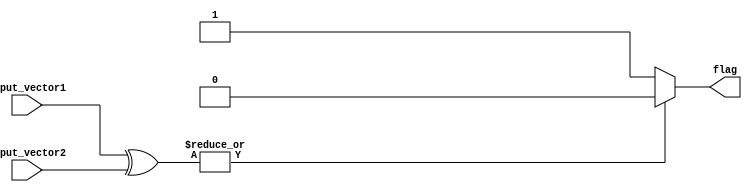
module comparator_64bit (
    input [63:0] input_vector1,
    input [63:0] input_vector2,
    output flag
);

wire [63:0] xor_result;
wire final_result;

assign xor_result = input_vector1 ^ input_vector2;
assign final_result = |xor_result;

assign flag = (final_result == 0) ? 1'b1 : 1'b0;

endmodule